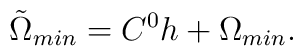
{\tilde \Omega }_{min} =C^0 h + \Omega_{min}.